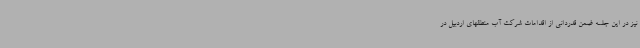
نیز در این جلسه ضمن قدردانی از اقدامات شرکت آب منطقهای اردبیل در